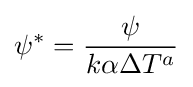
\psi ^{*}={\frac {\psi }{k\alpha \Delta T^{a}}}